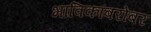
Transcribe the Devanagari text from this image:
भाविकांबरोबर